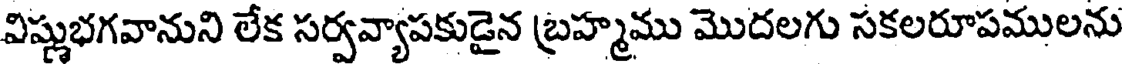
విష్ణుభగవానుని లేక సర్వవ్యాపకుడైన బ్రహ్మము మొదలగు సకలరూపములను